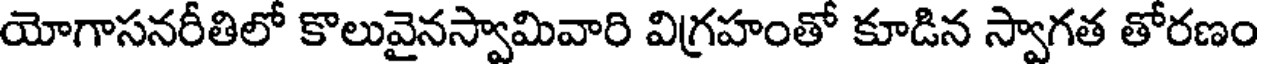
యోగాసనరీతిలో కొలువైనస్వామివారి విగ్రహంతో కూడిన స్వాగత తోరణం